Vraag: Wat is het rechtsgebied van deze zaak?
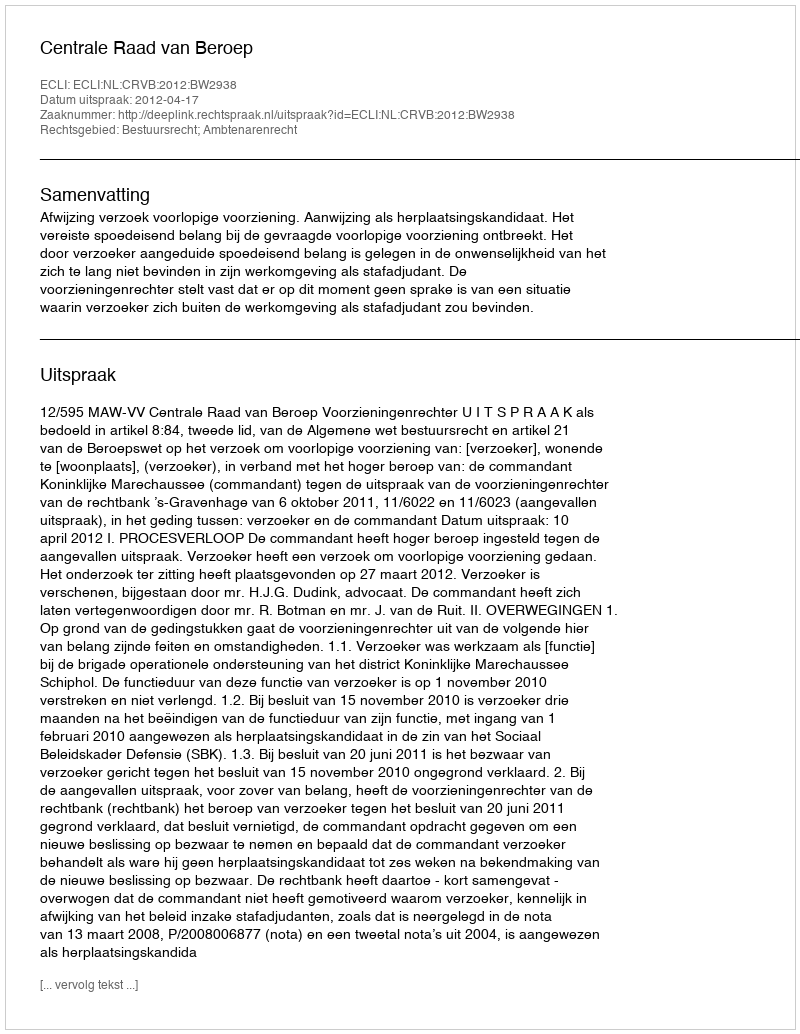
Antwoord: Bestuursrecht; Ambtenarenrecht